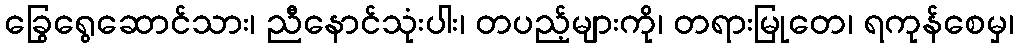
ခြွေရွေဆောင်သား၊ ညီနောင်သုံးပါး၊ တပည့်များကို၊ တရားမြုတေ၊ ရကုန်စေမှ၊